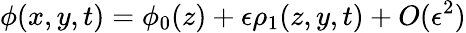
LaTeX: \phi(x,y,t)=\phi_{0}(z)+\epsilon\rho_{1}(z,y,t)+O(\epsilon^{2})